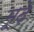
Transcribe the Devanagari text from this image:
मूढे़